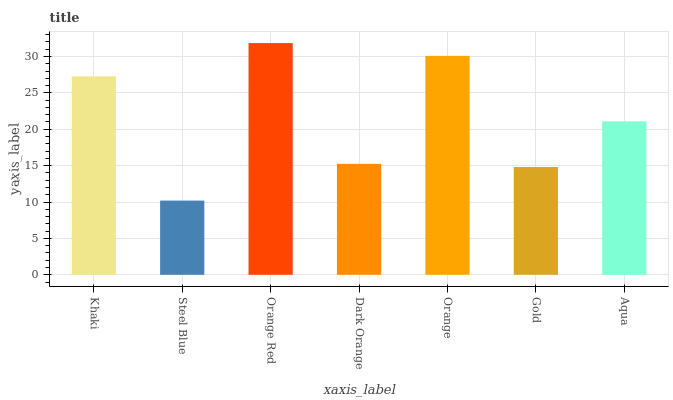
| xaxis_label | bars |
 | --- | --- |
 | Khaki | 27.3 |
 | Steel Blue | 10.2 |
 | Orange Red | 31.8 |
 | Dark Orange | 15.2 |
 | Orange | 30.1 |
 | Gold | 14.8 |
 | Aqua | 21.1 |